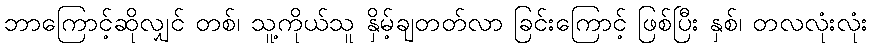
ဘာကြောင့်ဆိုလျှင် တစ်၊ သူ့ကိုယ်သူ နှိမ့်ချတတ်လာ ခြင်းကြောင့် ဖြစ်ပြီး နှစ်၊ တလလုံးလုံး